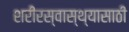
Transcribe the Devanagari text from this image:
शरीरस्वास्थ्यासाठी